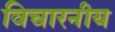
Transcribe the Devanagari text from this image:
विचारनीय